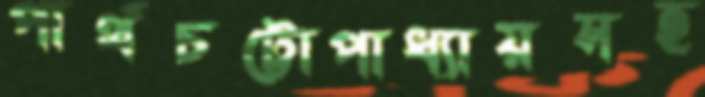
পার্থচট্টোপাধ্যায়সহ